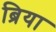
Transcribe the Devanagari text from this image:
ब्रिया